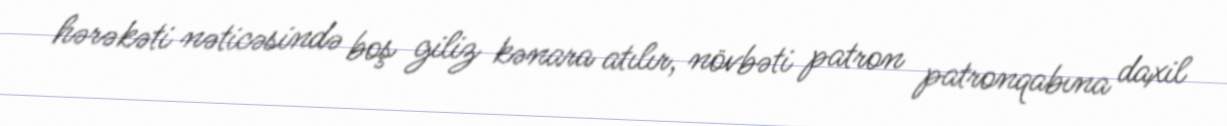
hərəkəti nəticəsində boş giliz kənara atılır, növbəti patron patronqabına daxil